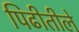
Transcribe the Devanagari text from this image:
पिढीतीले